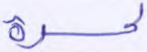
لحسرة